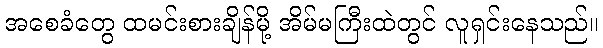
အစေခံတွေ ထမင်းစားချိန်မို့ အိမ်မကြီးထဲတွင် လူရှင်းနေသည်။